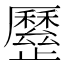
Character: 𣦯